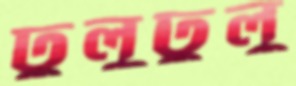
ঢুলুঢুলু